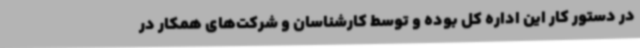
در دستور کار این اداره کل بوده و توسط کارشناسان و شرکت‌های همکار در